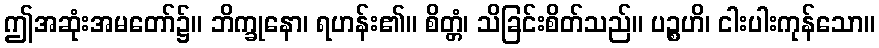
ဤအဆုံးအမတော်၌။ ဘိက္ခုနော၊ ရဟန်း၏။ စိတ္တံ၊ သိခြင်းစိတ်သည်။ ပဉ္စဟိ၊ ငါးပါးကုန်သော။